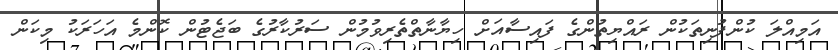
އަމިއްލަ ކުންފުނިތަކުން ރައްޔިތުންގެ ފައިސާއަށް ހިޔާނާތްތެރިވުމުން ސަރުކާރުގެ ބަޖެޓުން ކޮންމެ އަހަރަކު މިކަން